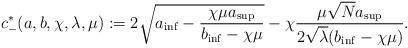
LaTeX: \begin{align*}c_{-}^*(a,b,\chi,\lambda,\mu):=2\sqrt{a_{\inf}-\frac{\chi\mu a_{\sup}}{b_{\inf}-\chi\mu}}-\chi\frac{\mu\sqrt{N}a_{\sup}}{2\sqrt{\lambda}(b_{\inf}-\chi\mu)}.\end{align*}